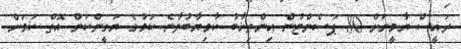
ރައީސް ޔާމީނަށް 80 ޕަސެންޓުން އިންތިޚާބު ކާމިޔާބުވާނެ ކަމުގެ ޔަގީންކަން އޮތް ކަމަށް